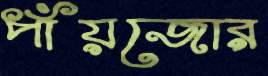
পাঁয়জোর